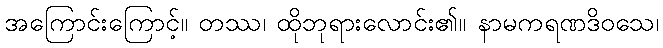
အကြောင်းကြောင့်။ တဿ၊ ထိုဘုရားလောင်း၏။ နာမကရဏဒိဝသေ၊